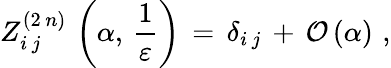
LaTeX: Z_{i\, j}^{(2\, n)}\, \left(\alpha,\, \frac{1}{\varepsilon}\right)\, =\, \delta_{i\, j}\, +\, {\cal{O}}\, (\alpha)\, \, ,